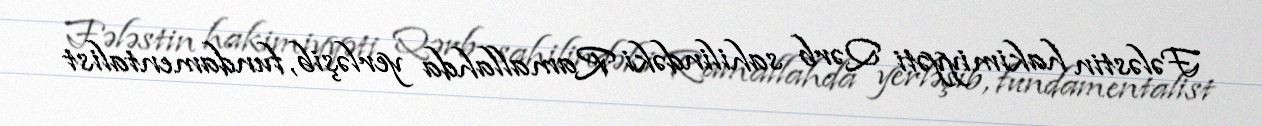
Fələstin hakimiyyəti Qərb sahilindəki Ramallahda yerləşib, fundamentalist